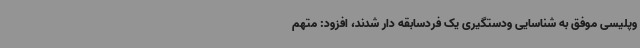
وپلیسی موفق به شناسایی ودستگیری یک فردسابقه دار شدند، افزود: متهم